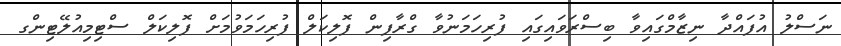
ނަސްލު އުފައްދާ ނިޒާމްގައިވާ ބިސްރަވައިގައި ފުރިހަމަނުވާ ގްރާފިން ފޮލިކަލް ފުރިހަމަވުމަށް ފޮލިކަލް ސްޓިމިއުލޭޓިންގ